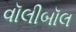
વૉલીબૉલ